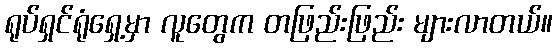
ရုပ်ရှင်ရုံရှေ့မှာ လူတွေက တဖြည်းဖြည်း များလာတယ်။